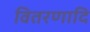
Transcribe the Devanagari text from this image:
वितरणादि